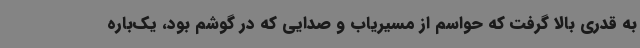
به قدری بالا گرفت که حواسم از مسیریاب و صدایی که در گوشم بود، یک‌باره